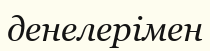
денелерімен